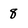
Character: 8